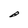
Character: B